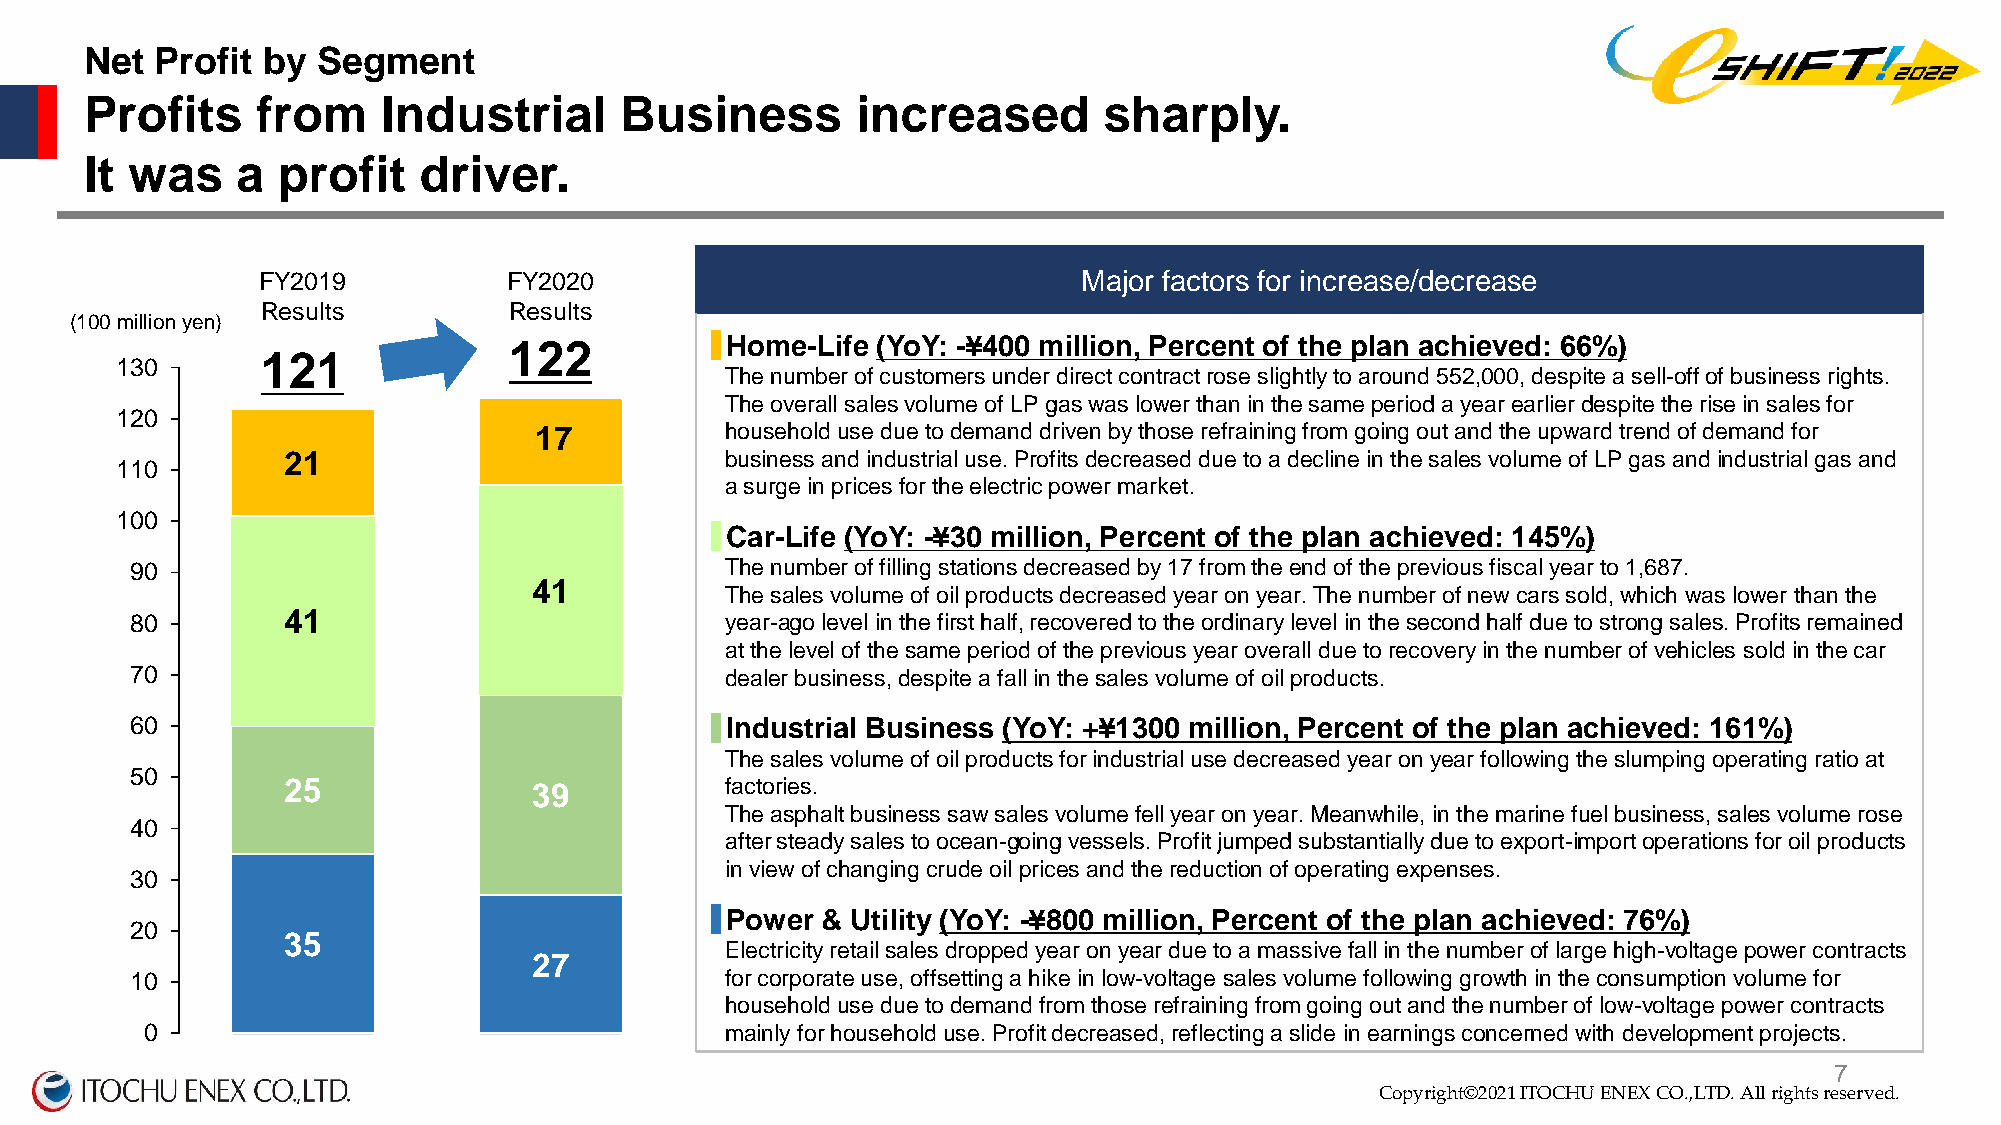
Net Profit by  Segment
 Profits    from    Industrial      Business        increased       sharply.
 It was    a profit    driver.
 FY2019           FY2020                                Major factors for increase/decrease
 Results          Results
 (100 million yen)
 122          ▋Home-Life (YoY: -¥400 million, Percent of the plan achieved: 66%)
 121
 130
 The number of customers under direct contract rose slightly to around 552,000, despite a sell-off of business rights.
 The overall sales volume of LP gas was lower than in the same period a year earlier despite the rise in sales for
 120
 17           household use due to demand driven by those refraining from going out and the upward trend of demand for
 21                           business and industrial use. Profits decreased due to a decline in the sales volume of LP gas and industrial gas and
 110
 a surge in prices for the electric power market.
 100
 ▋Car-Life (YoY: -¥30 million, Percent of the plan achieved: 145%)
 90                                     The number of filling stations decreased by 17 from the end of the previous fiscal year to 1,687.
 41
 The sales volume of oil products decreased year on year.The number of new cars sold, which was lower than the
 80        41                           year-ago level in the first half, recovered to the ordinary level in the second half due to strong sales. Profits remained
 at the level of the same period of the previous year overall due to recovery in the number of vehicles sold in the car
 70                                     dealer business, despite a fall in the sales volume of oil products.
 60                                    ▋Industrial Business (YoY: +¥1300 million, Percent of the plan achieved: 161%)
 The sales volume of oil products for industrial use decreased year on year following the slumping operating ratio at
 50
 25              39           factories.
 The asphalt business saw sales volume fell year on year. Meanwhile, in the marine fuel business, sales volume rose
 40
 after steady sales to ocean-going vessels. Profit jumped substantially due to export-import operations for oil products
 in view of changing crude oil prices and the reduction of operating expenses.
 30
 ▋Power & Utility (YoY: -¥800 million, Percent of the plan achieved: 76%)
 20
 35
 Electricity retail sales dropped year on year due to a massive fall in the number of large high-voltage power contracts
 27
 10                                     for corporate use, offsetting a hike in low-voltage sales volume following growth in the consumption volume for
 household use due to demand from those refraining from going out and the number of low-voltage power contracts
 0                                     mainly for household use. Profit decreased, reflecting a slide in earnings concerned with development projects.
 Copyright©2020 ITOCHU ENEX CO.,LTD. All rights 7reserved.
 Copyright©2021 ITOCHU ENEX CO.,LTD. All rights reserved.